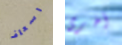
اسعاف أخرى